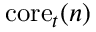
\mathrm { c o r e } _ { t } ( n )